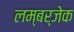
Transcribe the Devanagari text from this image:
लम्बर्जेक